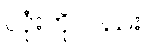
လုံးကိုလည်း